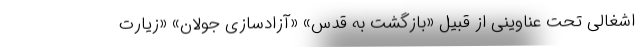
اشغالی تحت عناوینی از قبیل «بازگشت به قدس» «آزادسازی جولان» «زیارت